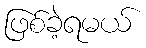
ဖြစ်ခဲ့ရမယ်